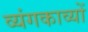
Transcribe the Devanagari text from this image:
व्यंगकाव्यों